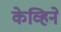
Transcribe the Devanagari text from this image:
केव्हिने